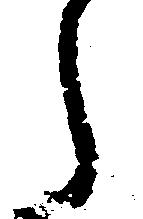
ら